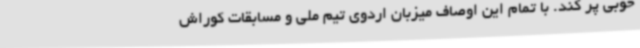
خوبی پر کند. با تمام این اوصاف میزبان اردوی تیم ملی و مسابقات کوراش